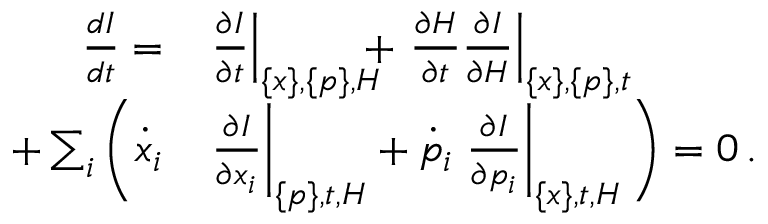
\begin{array} { r l } { \frac { d I } { d t } = } & { \left. \frac { \partial I } { \partial t } \right| _ { \{ x \} , \{ p \} , H } \! \! \! \! + \left. \frac { \partial H } { \partial t } \frac { \partial I } { \partial H } \right| _ { \{ x \} , \{ p \} , t } } \\ { + \sum _ { i } \bigg ( \dot { x } _ { i } } & { \left. \frac { \partial I } { \partial x _ { i } } \right| _ { \{ p \} , t , H } + \dot { p } _ { i } \left. \frac { \partial I } { \partial p _ { i } } \right| _ { \{ x \} , t , H } \bigg ) = 0 \, . } \end{array}